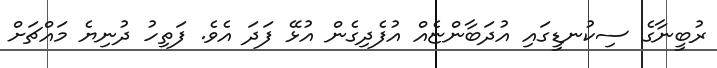
ރުބީނާގެ ސިކުނޑީގައި އުދަބާންޏެއް އުފެދިގެން އުޅޭ ފަދަ އެވެ. ފަތިހު ދުނިޔެ މައްޗަށް